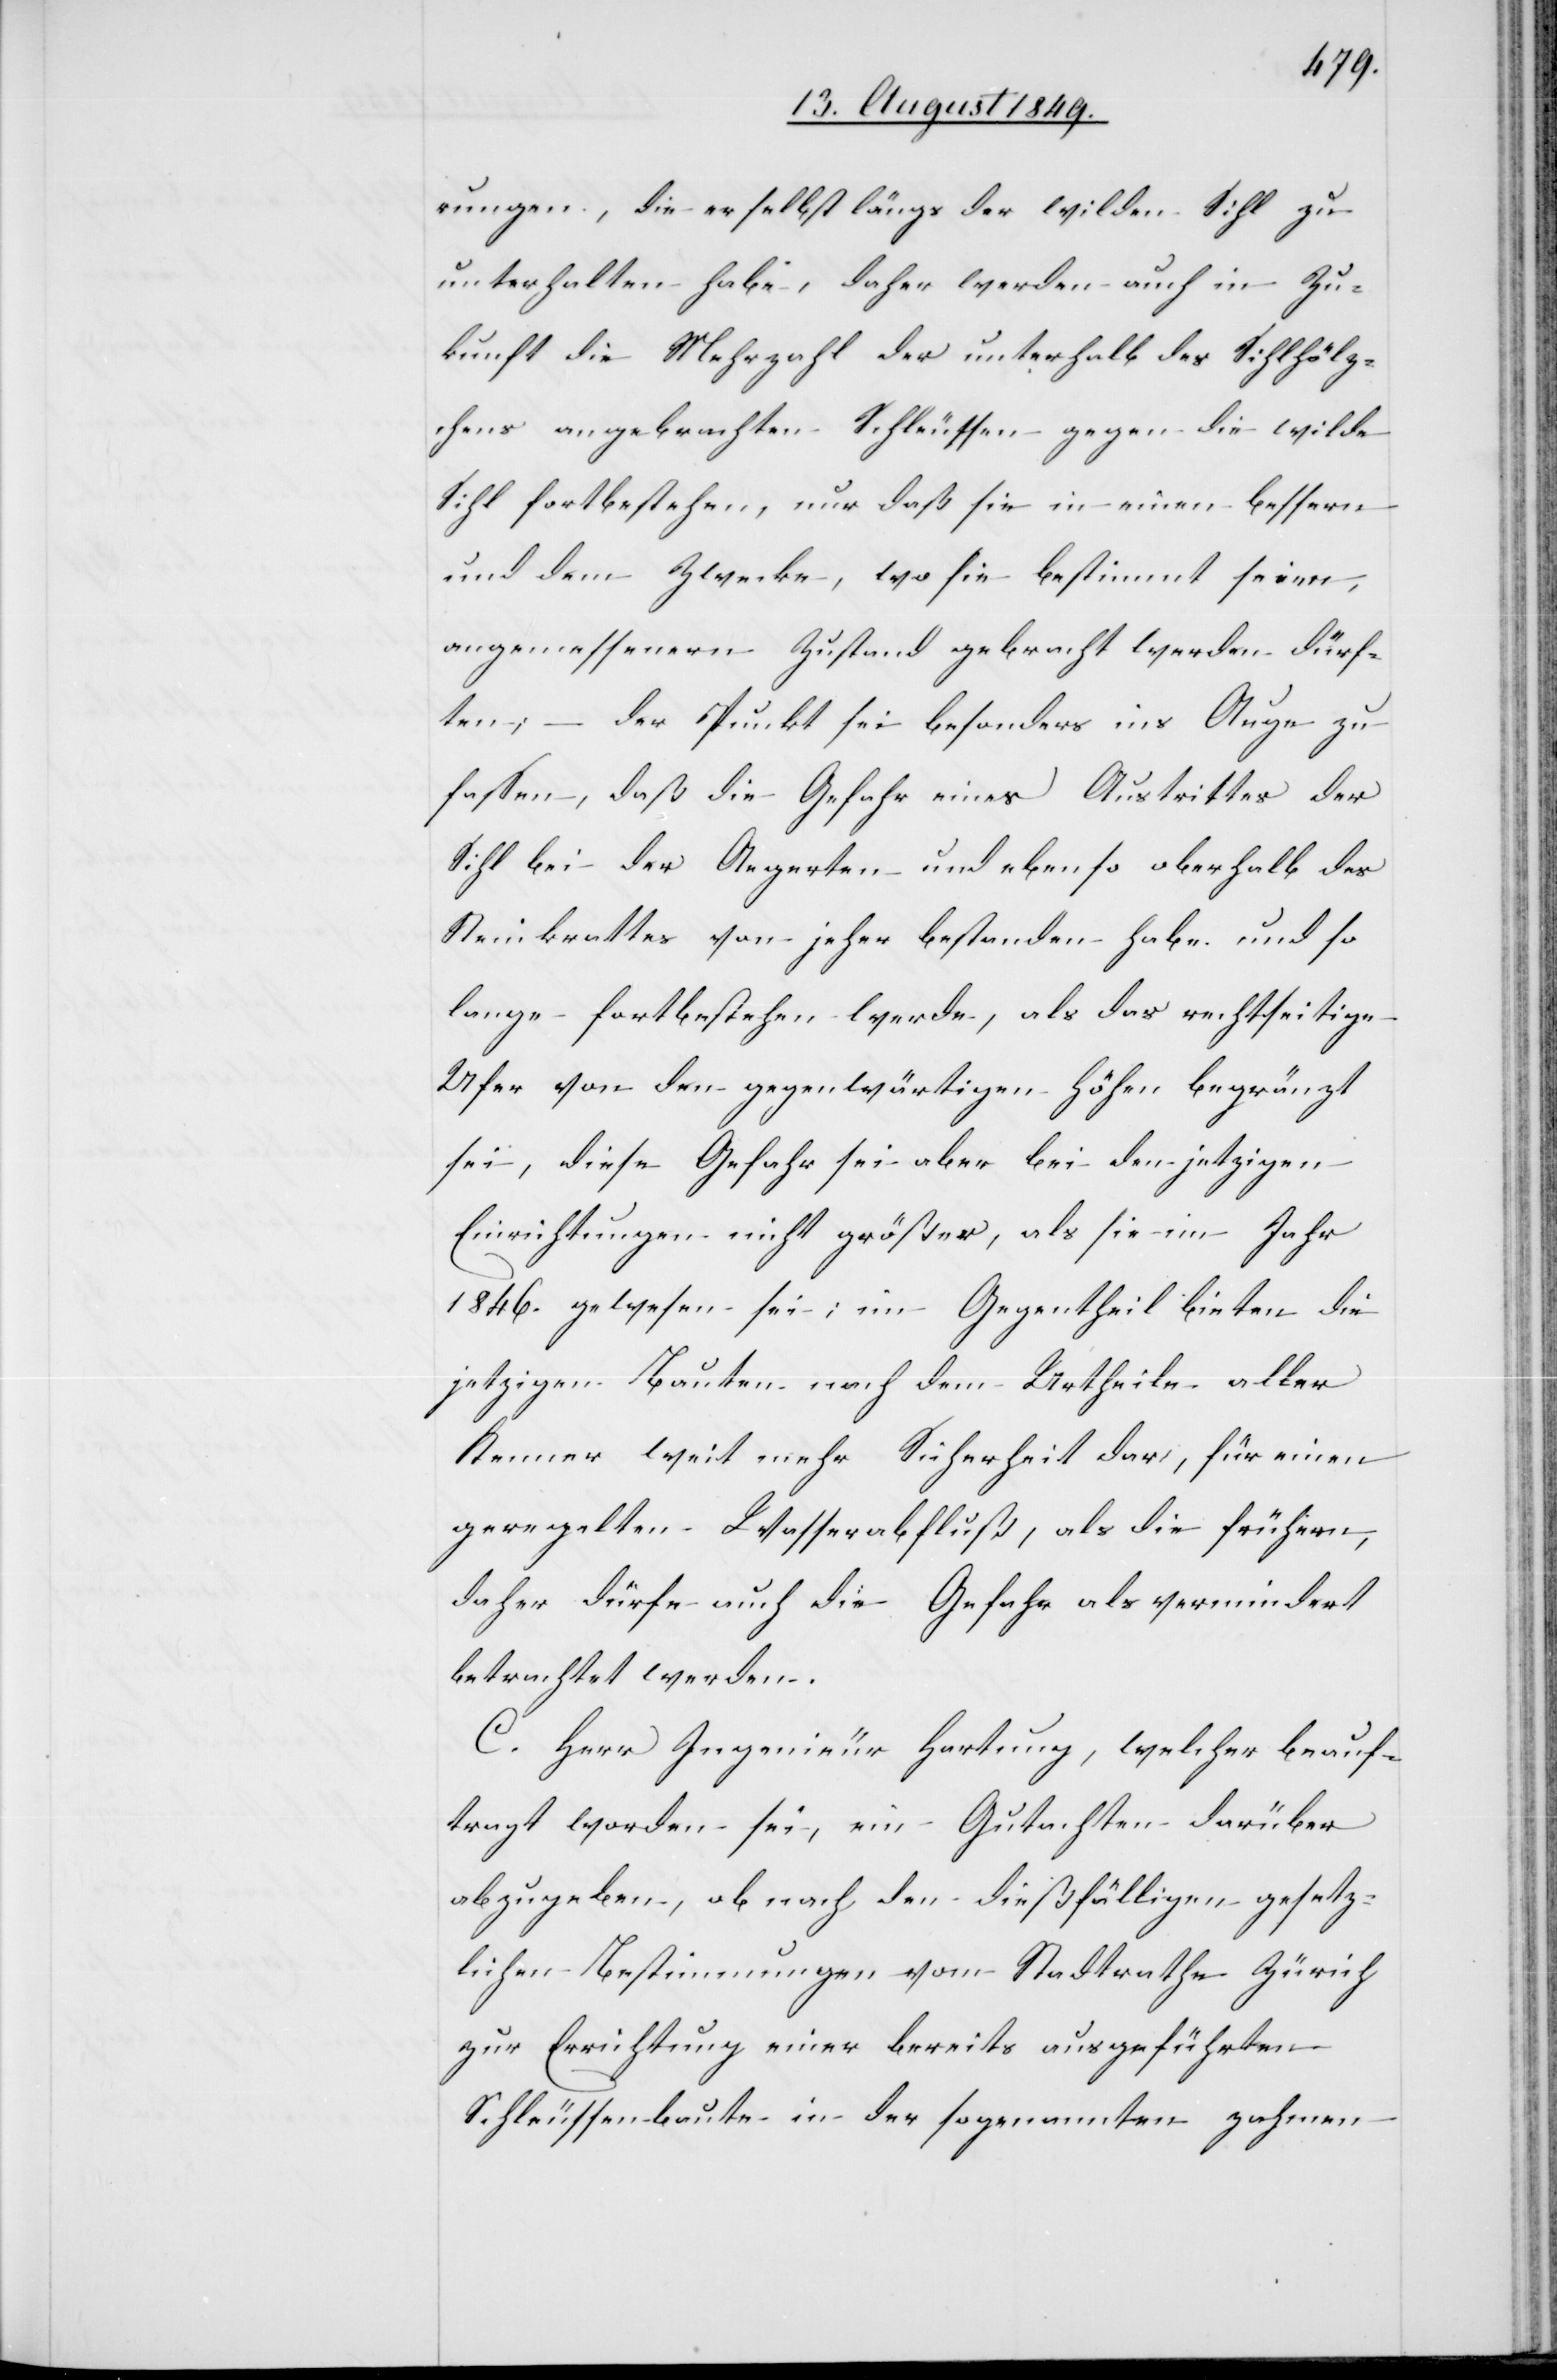
rungen, die er selbst längs der wilden Sihl zu
unterhalten habe, daher werden auch in Zu¬
kunft die Mehrzahl der unterhalb des Sihlhölz¬
chens angebrachten Schleussen gegen die wilde
Sihl fortbestehen, nur daß sie in einen bessern
und dem Zwecke, wo sie bestimmt seien,
angemessenern Zustand gebracht werden dürf¬
ten, – der Punkt sei besonders ins Auge zu
fassen, daß die Gefahr eines Austrittes der
Sihl bei der Aegerten und ebenso oberhalb des
Steinkrattes von jeher bestanden habe und so
lange fortbestehen werde, als das rechtseitige
Ufer von den gegenwärtigen Höhen begränzt
sei, diese Gefahr sei aber bei den jetzigen
Einrichtungen nicht größer, als sie im Jahr
1846. gewesen sei; im Gegentheil bieten die
jetzigen Bauten nach dem Urtheile aller
Kenner weit mehr Sicherheit dar, für einen
geregelten Wasserabfluß, als die frühern,
daher dürfe auch die Gefahr als vermindert
betrachtet werden.
C. Herr Ingenieur Hartung, welcher beauf¬
tragt worden sei, ein Gutachten darüber
abzugeben, ob nach den dießfälligen gesetz¬
lichen Bestimmungen vom Stadtrathe Zürich
zur Errichtung einer bereits ausgeführten
Schleussenbaute in der sogenannten zahmen